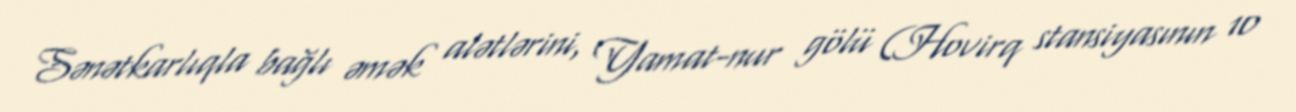
Sənətkarlıqla bağlı əmək alətlərini, Yamat-nur gölü (Hovirq stansiyasının 10